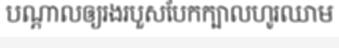
បណ្តាលឲ្យរងរបួសបែកក្បាលហូរឈាម